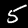
Label: 5